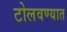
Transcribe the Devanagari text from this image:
टोलवण्यात